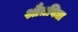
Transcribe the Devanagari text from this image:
श्रौतविद्या